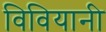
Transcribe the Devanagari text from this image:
विवियानी